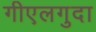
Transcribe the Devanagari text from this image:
गीएलगुदा